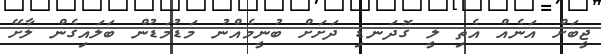
ޖީބަށް އަނެއް އެތި ލީ ގޮދަނޑި ދަށަށް ބުނީމެއްނު މަޑުމަޑުން ބަލައިގެން ލާށޭ